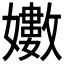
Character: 𭒫